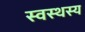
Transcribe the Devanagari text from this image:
स्वस्थस्य